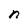
Character: n